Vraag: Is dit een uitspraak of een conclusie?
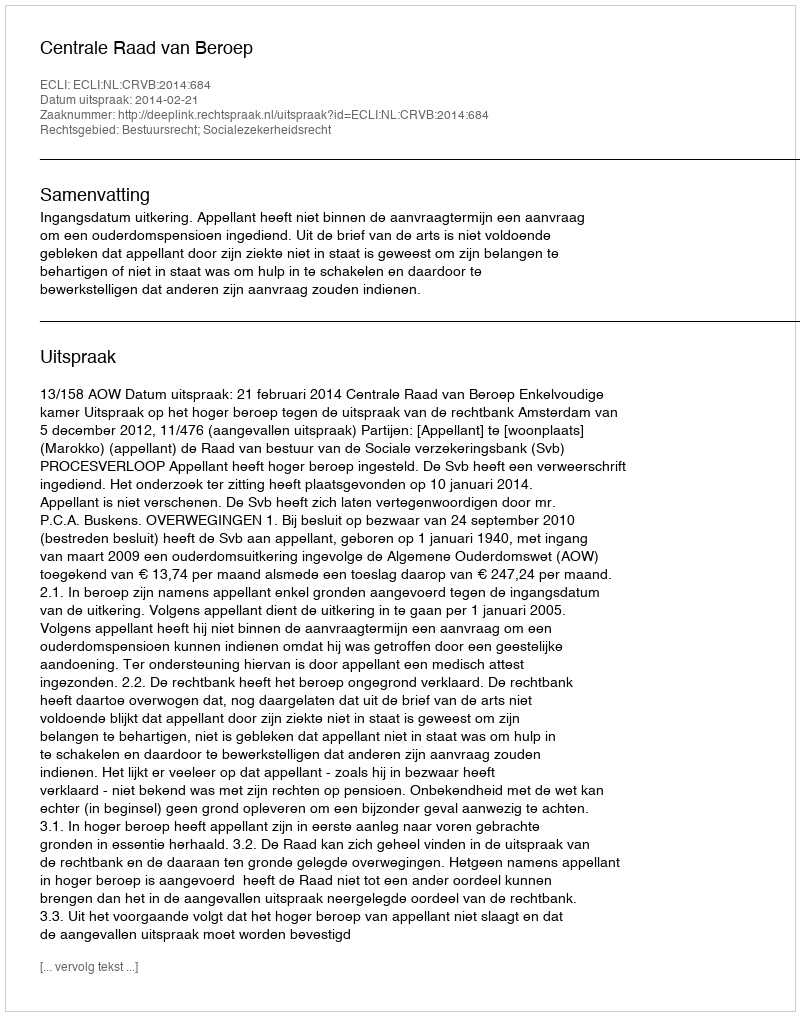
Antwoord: Uitspraak